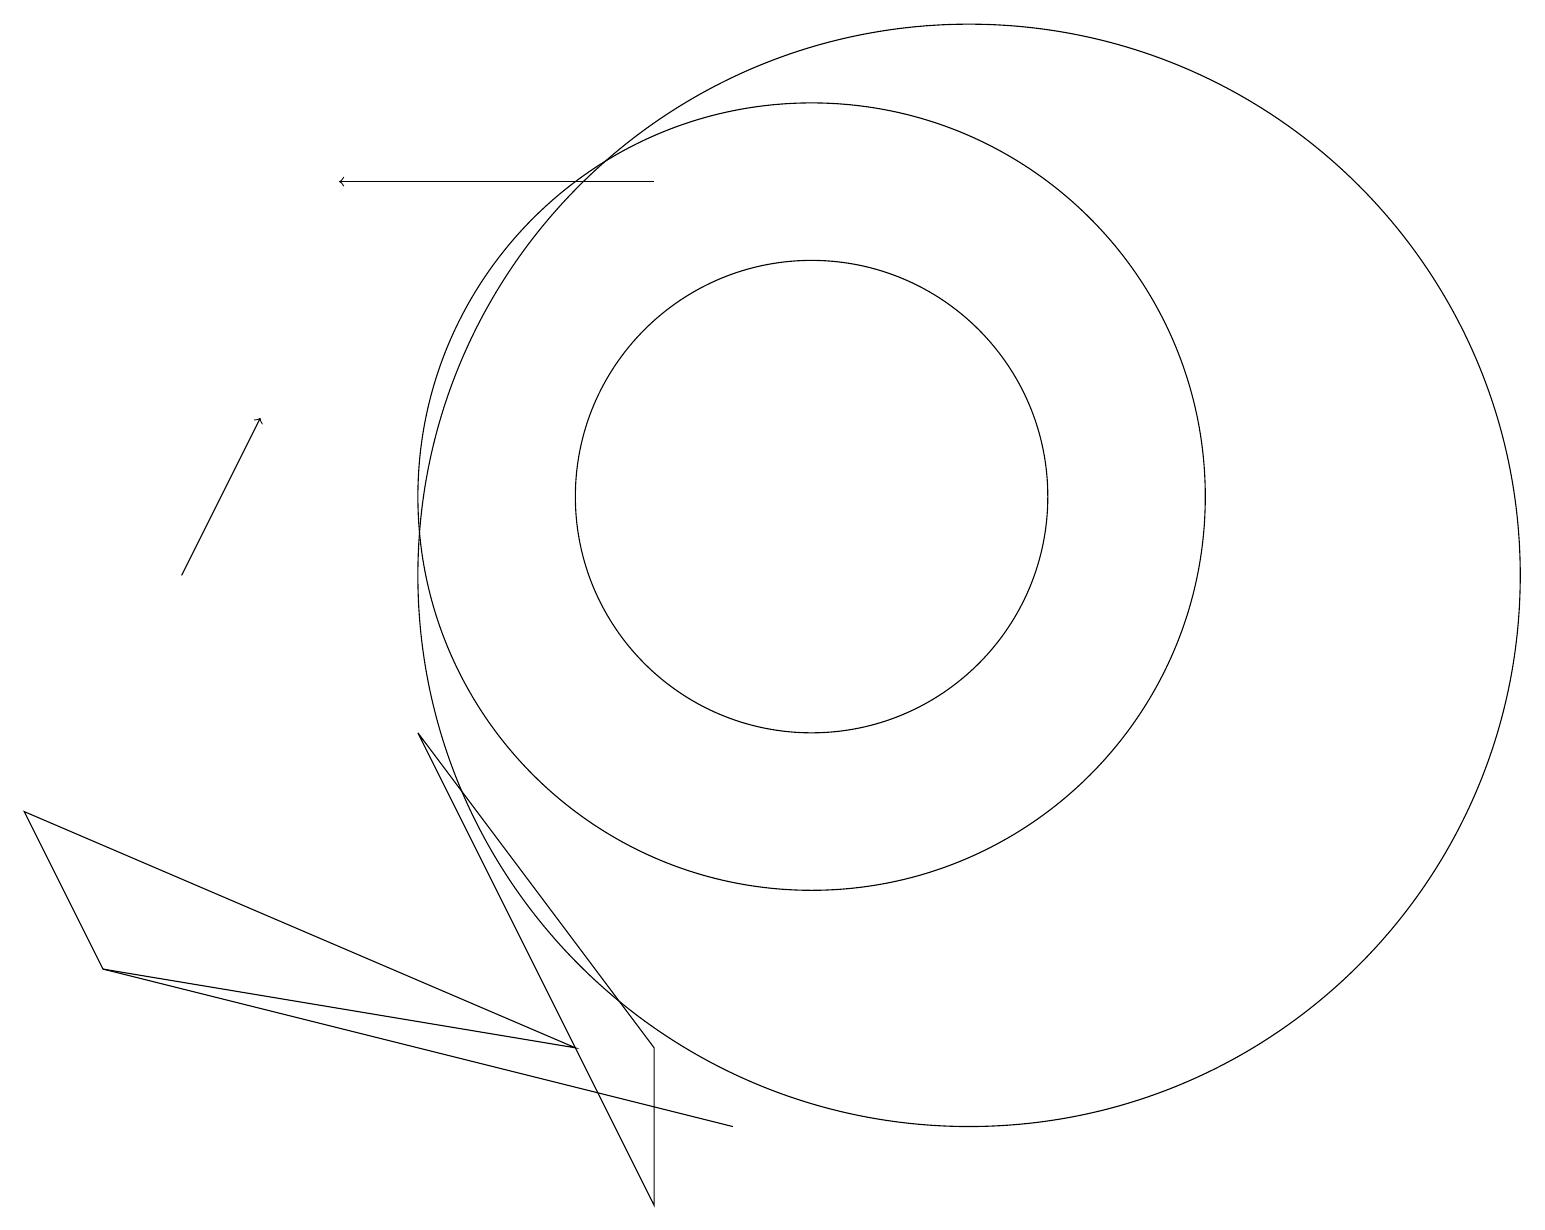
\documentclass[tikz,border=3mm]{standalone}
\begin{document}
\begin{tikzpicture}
\draw[->] (8,15) -- (4,15);
\draw[->] (2,10) -- (3,12);
\draw (7,4) -- (0,7) -- (1,5) -- cycle;
\draw (8,2) -- (8,4) -- (5,8) -- cycle;
\draw (10,11) circle (5);
\draw (10,11) circle (3);
\draw (9,3) -- (9,3) -- (1,5) -- cycle;
\draw (12,10) circle (7);
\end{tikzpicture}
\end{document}